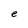
Character: e